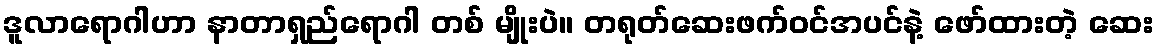
ဒူလာရောဂါဟာ နာတာရှည်ရောဂါ တစ် မျိုးပဲ။ တရုတ်ဆေးဖက်ဝင်အပင်နဲ့ ဖော်ထားတဲ့ ဆေး